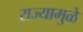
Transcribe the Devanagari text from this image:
राज्यामुळे